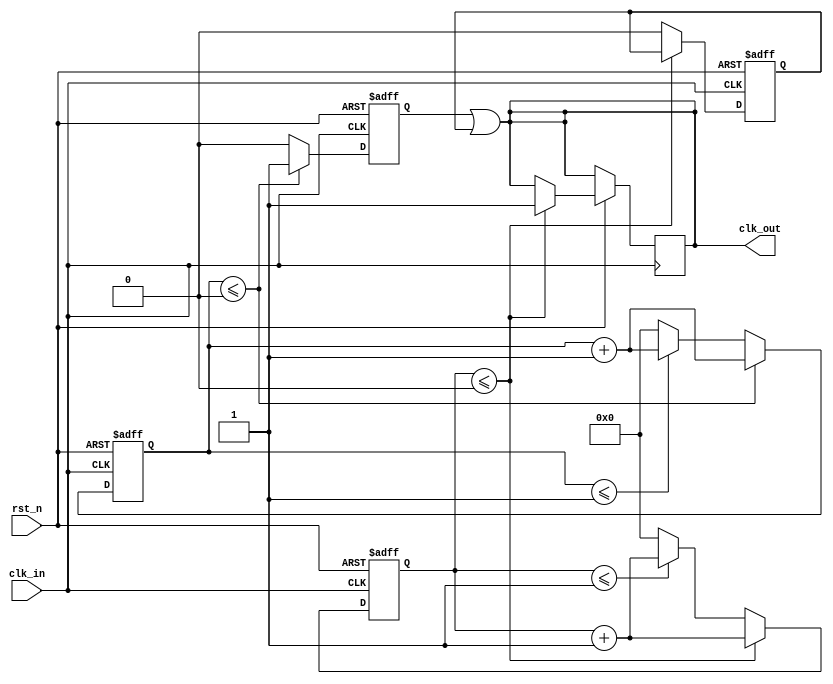
module Arbitrary_divider #(parameter N=3)(input clk_in,input rst_n,output clk_out);
reg [9:0]count1;
reg [9:0]count2;
reg clk_out1;
reg clk_out2;

//计数器在上升沿进行计数
always@(posedge clk_in,negedge rst_n)begin
  if(!rst_n)begin
    count1 <= 'd0;
    clk_out1 <= 'd0;
  end 
  else begin
    if(N==2)
      clk_out1 <= ~clk_out1;
    else if(count1 <= ((N-1)/2)-1)begin
      clk_out1 <= 1'b1;
      count1 <= count1 + 1'b1;
    end 
    else if(count1 <= (N-2))begin
      count1 <= count1 + 1'b1;
      clk_out1 <= 1'b0;
    end 
    else begin
      count1 <= 'd0;
      clk_out1 <= 'd0;
    end 
  end 
end 

//计数器在下降沿进行计数
always@(negedge clk_in,negedge rst_n)begin
  if(~rst_n)begin
    count2 <= 'd0;
    clk_out2 <= 'd0;
  end 
  else begin
    if(N==2)
      clk_out2 <= 'd0;
    else if(count2 <= ((N-1)/2)-1)begin
      count2 <= count2 + 1'b1;
      clk_out <= 1'b1;
    end 
    else if(count2 <= (N-2))begin
      count2 <= count2 + 1'b1;
      clk_out2 <= 1'b0;
    end 
    else begin
      count2 <= 'd0;
      clk_out2 <= 'd0;
    end 
  end
end 

assign clk_out = clk_out1 | clk_out2;

endmodule